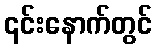
၎င်းနောက်တွင်